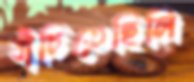
বাঁচিতেছিলি